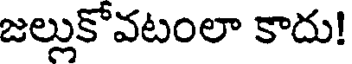
జల్లుకోవటంలా కాదు!